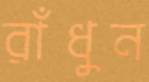
রাঁধুন